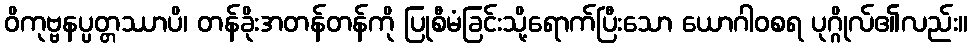
ဝိကုဗ္ဗနပ္ပတ္တဿာပိ၊ တန်ခိုးအတန်တန်ကို ပြုစီမံခြင်းသို့ရောက်ပြီးသော ယောဂါဝစရ ပုဂ္ဂိုလ်၏လည်း။